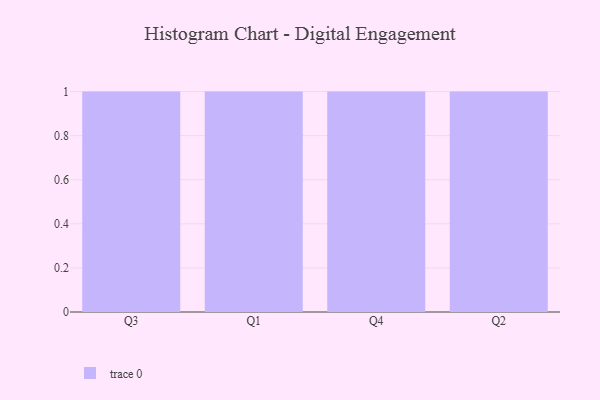
{"axis": {"x": "Quarter", "y": "Latency (ms)"}, "legend": [""], "data": [{"x": "Q3", "y": 100, "type": ""}, {"x": "Q1", "y": 45, "type": ""}, {"x": "Q4", "y": 1, "type": ""}, {"x": "Q2", "y": 97, "type": ""}]}